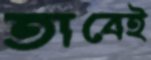
তাবেই